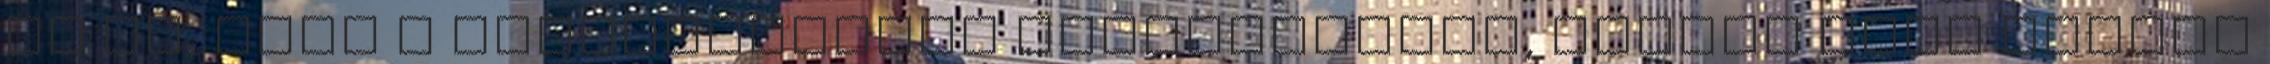
az él, hogy a gyümölcslevek egészségesek, hiszen tele vannak